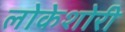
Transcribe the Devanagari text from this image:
लोकेशोरी